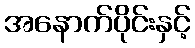
အနောက်ပိုင်းနှင့်